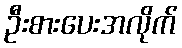
ဦးစားပေးအလိုက်